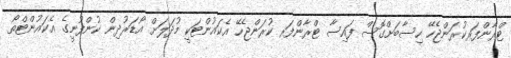
ޓްރާންފަރކުރަންޖެހޭ ހިސާބަށްގޮސް ފައިސާ ޓްރާންފަރ ކުރަންޖެހޭ އެކައުންޓަކީ މުދަލަށް އޯޑަރުދިން ކުންފުނީގެ އެކައުންޓްތޯ